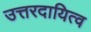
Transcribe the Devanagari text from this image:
उत्तरदायित्व